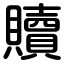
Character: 贖